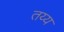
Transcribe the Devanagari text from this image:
तय्य